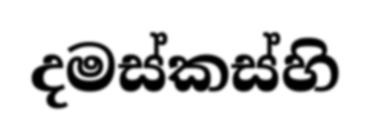
දමස්කස්හි